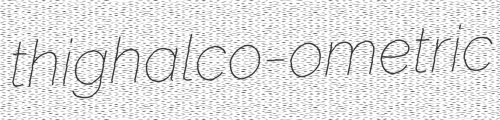
thigh alco-ometric